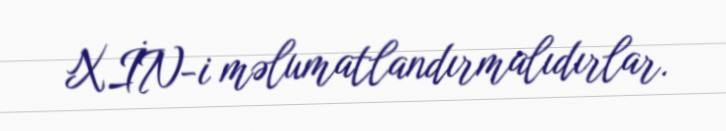
XİN-i məlumatlandırmalıdırlar.